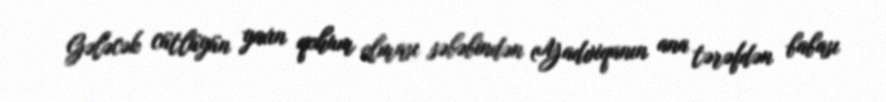
Gələcək cütlüyün yaxın qohum olması səbəbindən (Yadviqanın ana tərəfdən babası